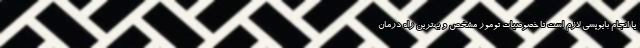
یا انجام بایوپسی لازم است تا خصوصیات تومور مشخص و بهترین راه درمان